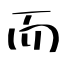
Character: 而